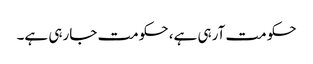
حکومت آرہی ہے، حکومت جارہی ہے۔